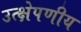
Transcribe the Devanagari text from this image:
उत्क्षेपणीय